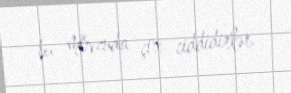
bu mövzuda çox ciddidirlər.